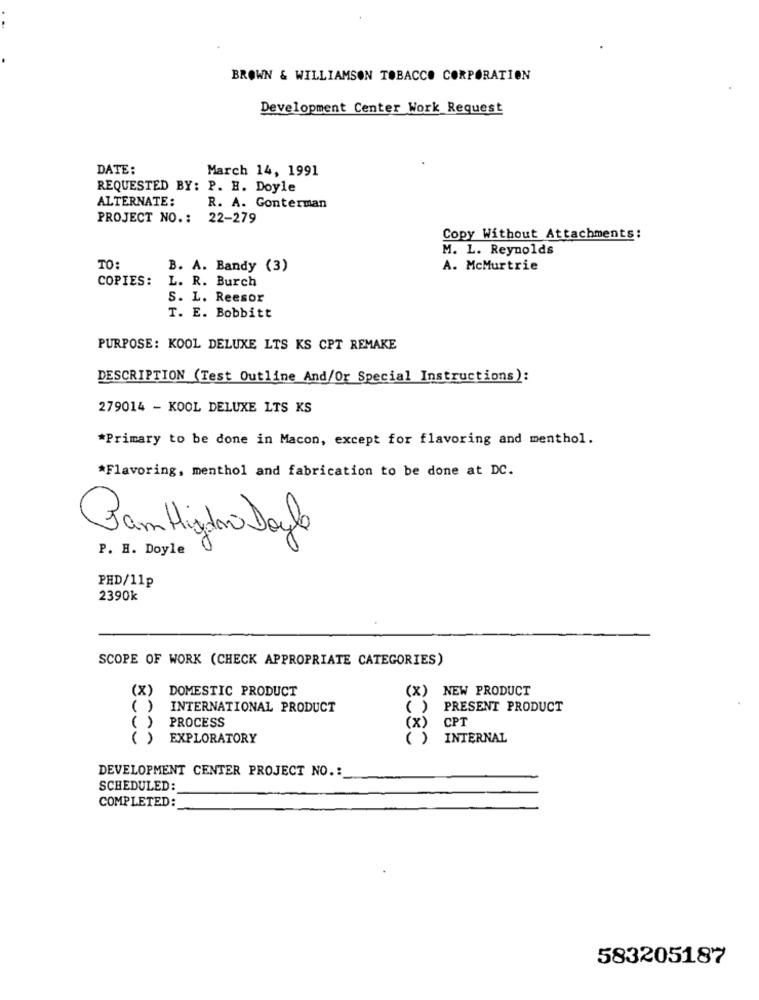
BROWN & WILLIAMSON TOBACCO CORPORATION
Development Center Work Request
DATE:
March 14, 1991
REQUESTED BY: P. H. Doyle
ALTERNATE:
R. A. Gonterman
PROJECT NO .: 22-279
Copy Without Attachments:
M. L. Reynolds
TO:
B. A. Bandy (3)
A. McMurtrie
COPIES:
L. R. Burch
S. L. Reesor
T. E. Bobbitt
PURPOSE: KOOL DELUXE LTS KS CPT REMAKE
DESCRIPTION (Test Outline And/Or Special Instructions):
279014 - KOOL DELUXE LTS KS
*Primary to be done in Macon, except for flavoring and menthol.
*Flavoring, menthol and fabrication to be done at DC.
Bam Higdno Doyle
P. H. Doyle
PHD/11p
2390k
SCOPE OF WORK (CHECK APPROPRIATE CATEGORIES)
(X)
DOMESTIC PRODUCT
(x)
NEW PRODUCT
( )
INTERNATIONAL PRODUCT
( )
PRESENT PRODUCT
PROCESS
CPT
( )
(x)
( )
EXPLORATORY
INTERNAL
DEVELOPMENT CENTER PROJECT NO .:
SCHEDULED:
COMPLETED:
583205187